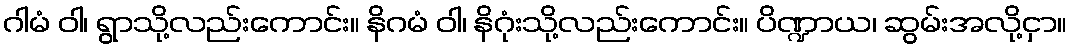
ဂါမံ ဝါ၊ ရွာသို့လည်းကောင်း။ နိဂမံ ဝါ၊ နိဂုံးသို့လည်းကောင်း။ ပိဏ္ဍာယ၊ ဆွမ်းအလို့ငှာ။